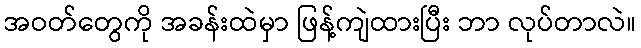
အဝတ်တွေကို အခန်းထဲမှာ ဖြန့်ကျဲထားပြီး ဘာ လုပ်တာလဲ။